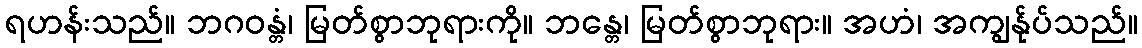
ရဟန်းသည်။ ဘဂဝန္တံ၊ မြတ်စွာဘုရားကို။ ဘန္တေ၊ မြတ်စွာဘုရား။ အဟံ၊ အကျွန်ုပ်သည်။